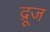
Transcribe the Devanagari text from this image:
द्रूज